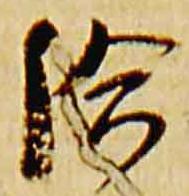
給